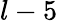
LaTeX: l-5